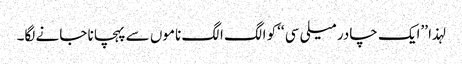
لہذا ’’ایک چادر میلی سی ‘‘کو الگ الگ ناموں سے پہچانا جانے لگا۔